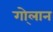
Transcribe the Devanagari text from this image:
गो्लान